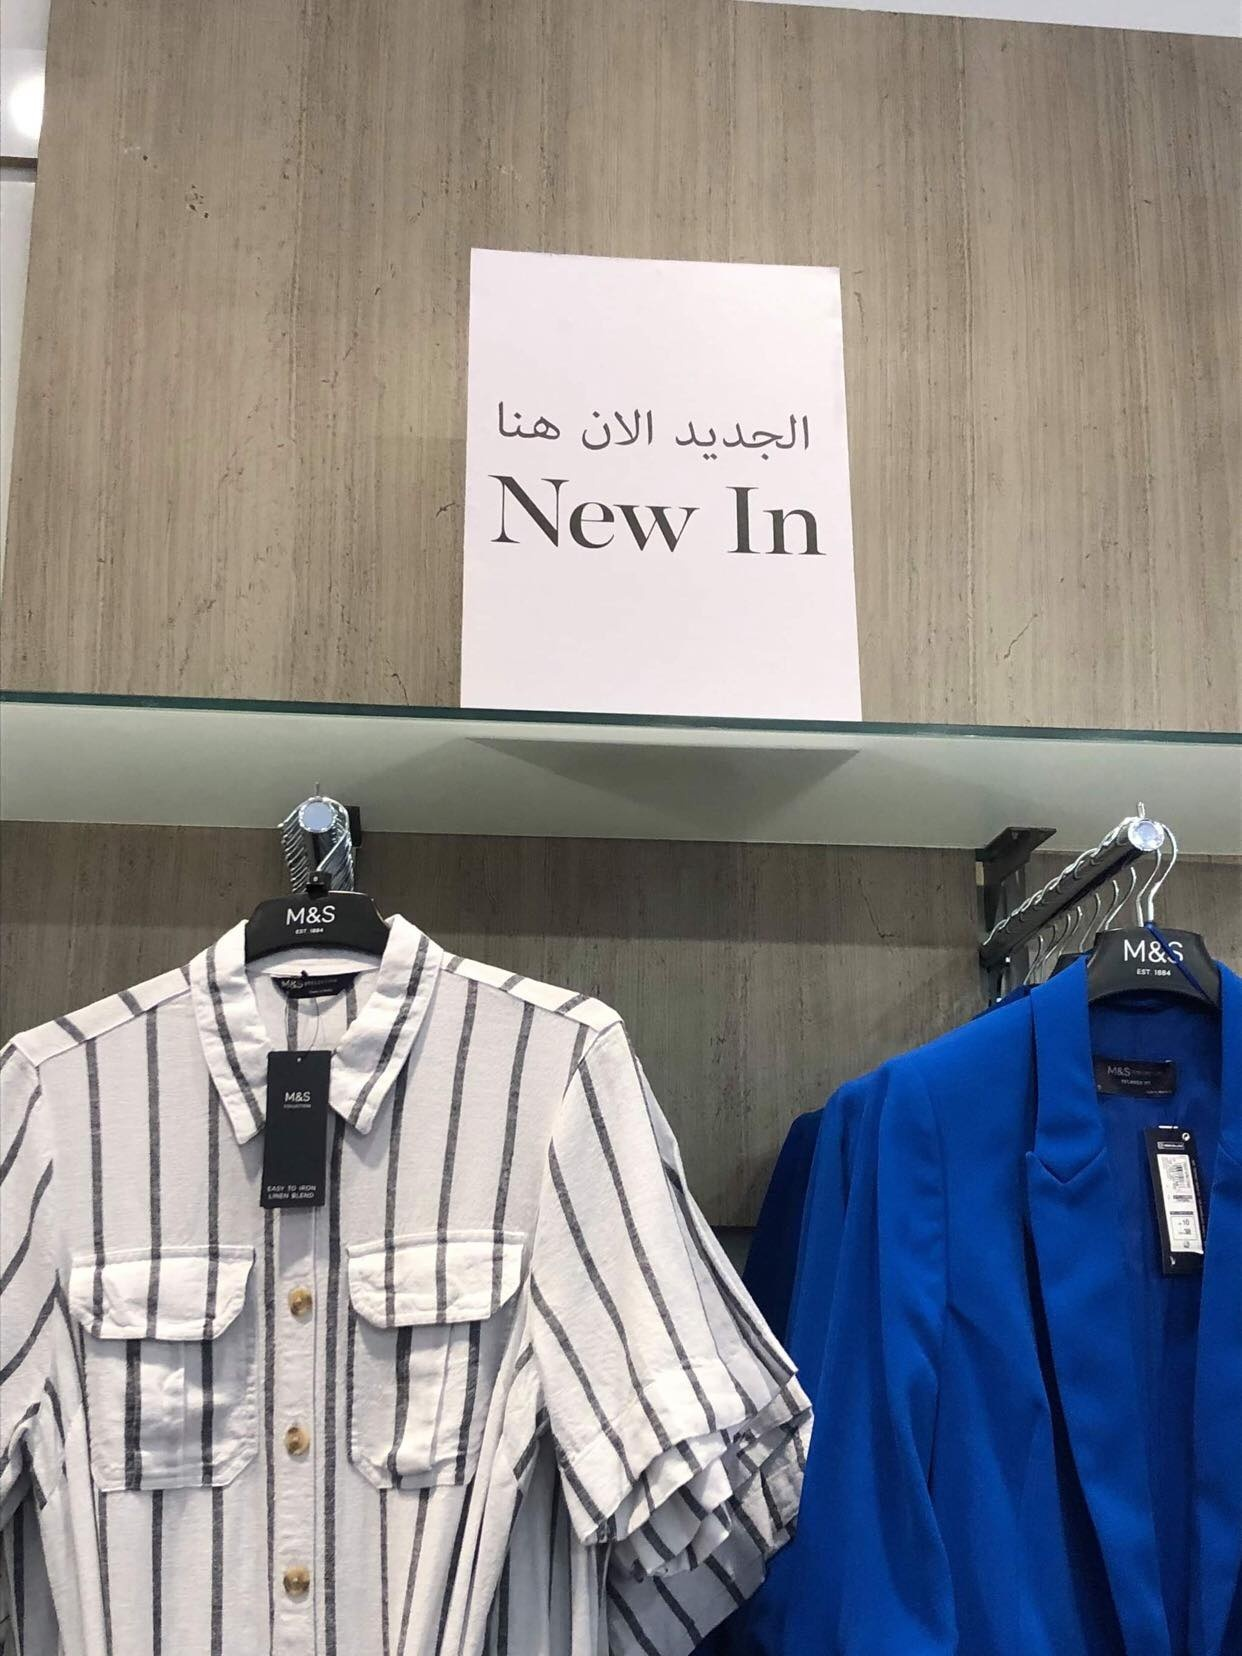
Text in image: هنا الان الجديد New In M&S M&S